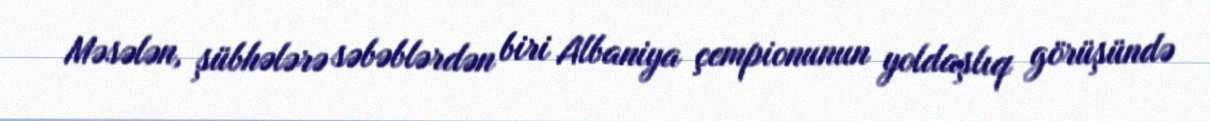
Məsələn, şübhələrə səbəblərdən biri Albaniya çempionunun yoldaşlıq görüşündə